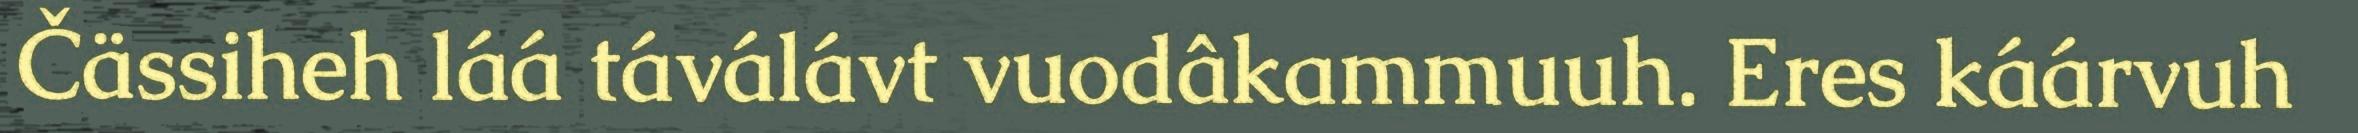
Čässiheh láá táválávt vuodâkammuuh. Eres káárvuh